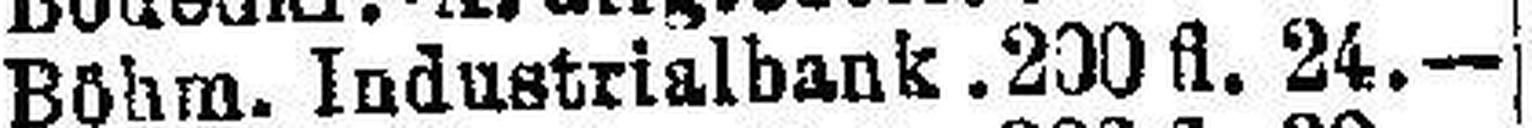
Böhm. Industrialbank. 200 fl. 24.—